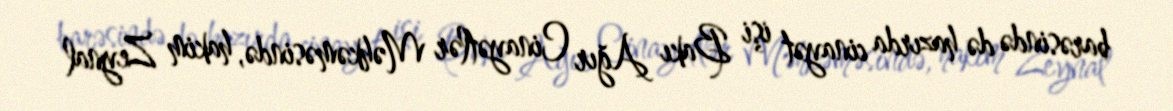
barəsində də hazırda cinayət işi Bakı Ağır Cinayətlər Məhkəməsində, hakim Zeynal